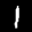
Label: 1